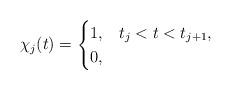
LaTeX: \begin{align*} \chi_j(t) = \begin{cases} 1, & t_{j} < t < t_{j+1}, \\ 0, & \end{cases}\end{align*}